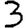
Digit: 3